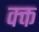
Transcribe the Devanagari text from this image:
क्क्त